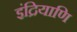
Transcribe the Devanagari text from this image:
इंद्रियाणि